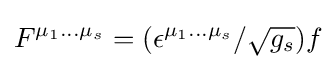
F^{\mu _{1}...\mu _{s}}=(\epsilon ^{\mu _{1}...\mu _{s}}/{\sqrt {g_{s}}})f